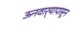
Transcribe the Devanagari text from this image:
ऊनवार्‍यापासून